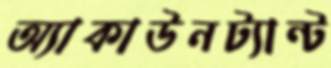
অ্যাকাউনট্যান্ট